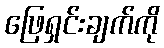
ဖြေရှင်းချက်ကို